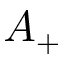
A _ { + }